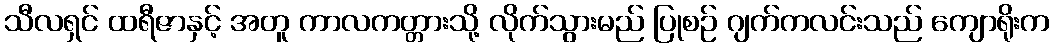
သီလရှင် ထရီဇာနှင့် အတူ ကာလကတ္တားသို့ လိုက်သွားမည် ပြုစဉ် ဂျက်ကလင်းသည် ကျောရိုးက